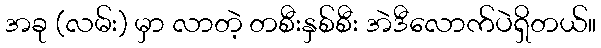
အခု (လမ်း) မှာ လာတဲ့ တစီးနှစ်စီး အဲဒီလောက်ပဲရှိတယ်။